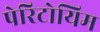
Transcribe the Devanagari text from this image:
पेरिटोयिम